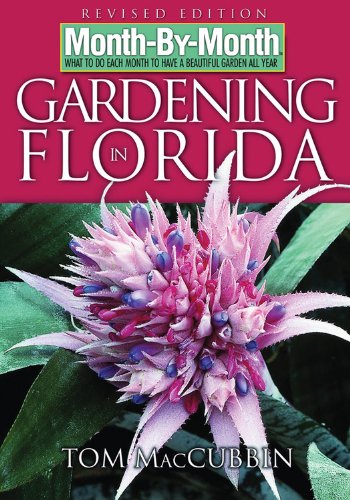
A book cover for Month-By-Month Gardening in Florida; Tom MacCubbin; Crafts, Hobbies & Home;